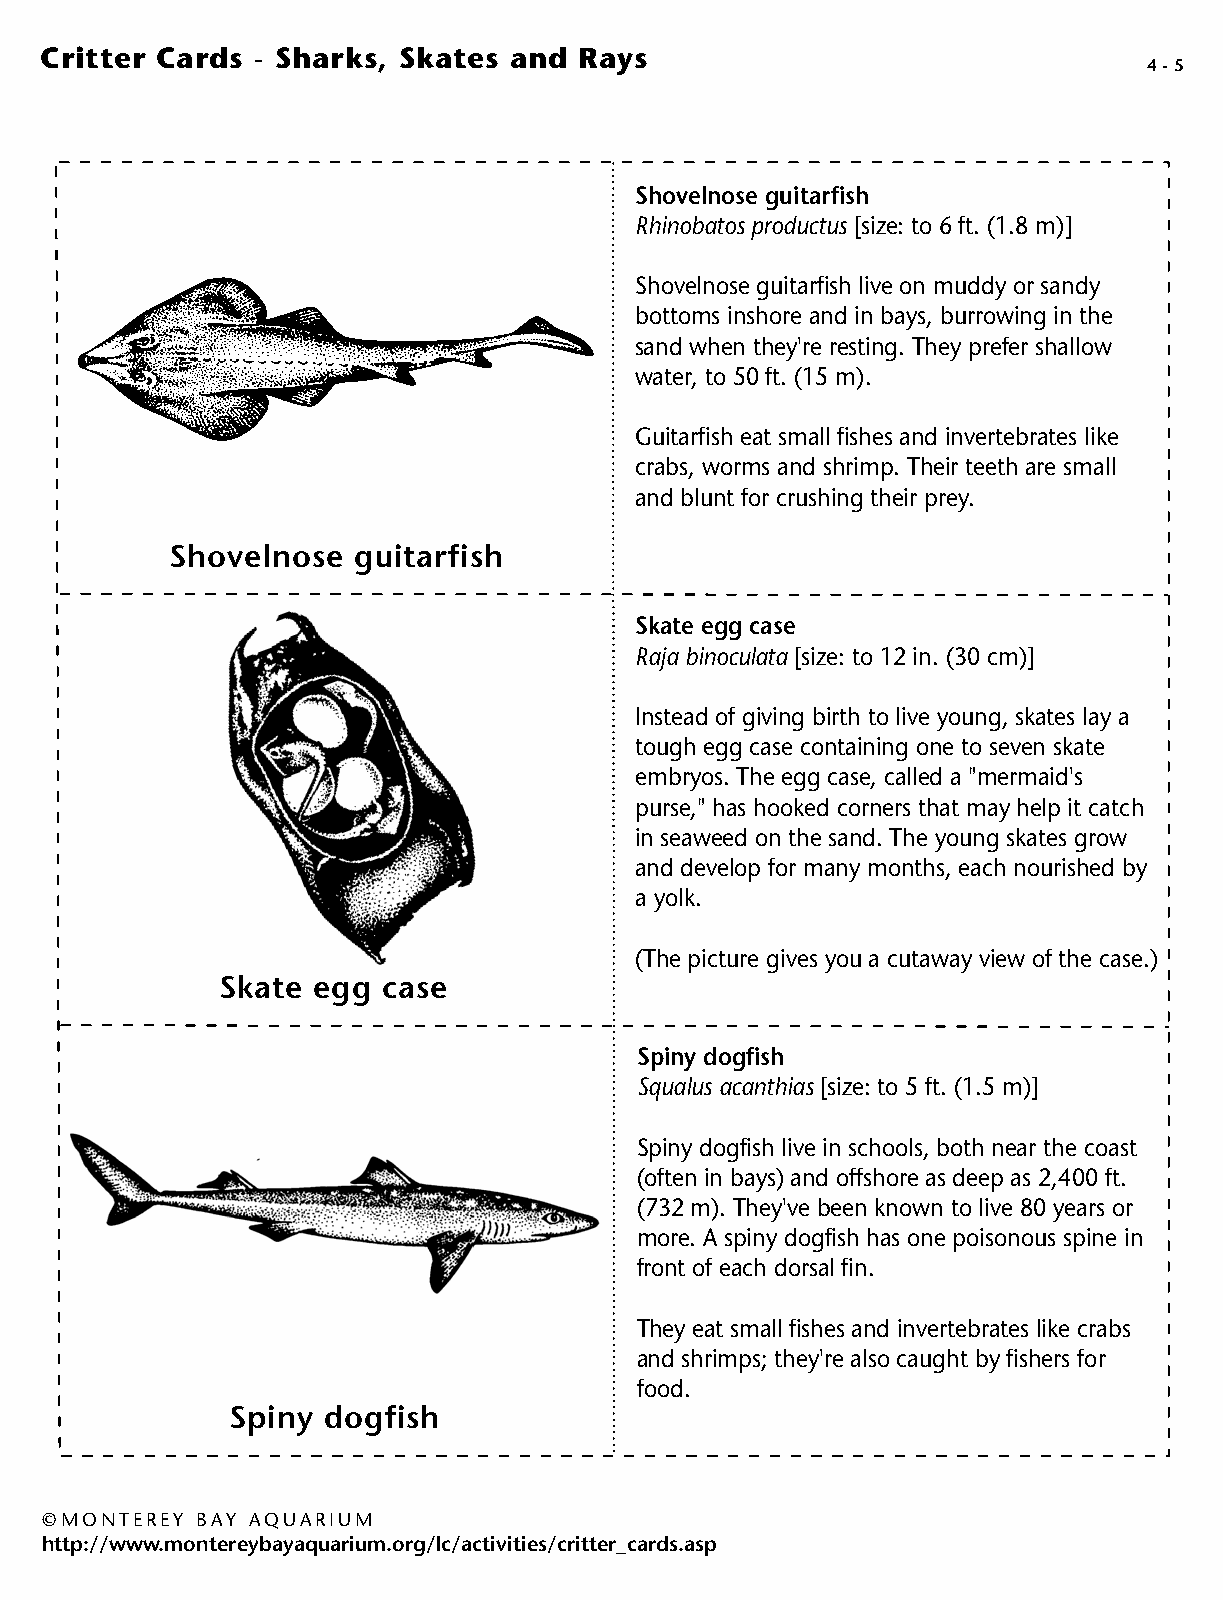
Critter Cards - Sharks, Skates and Rays
 4 - 5
 Shovelnose guitarfish
 Rhinobatos productus [size: to 6 ft. (1.8 m)]
 Shovelnose guitarfish live on muddy or sandy
 bottoms inshore and in bays, burrowing in the
 sand when they're resting. They prefer shallow
 water, to 50 ft. (15 m).
 Guitarfish eat small fishes and invertebrates like
 crabs, worms and shrimp. Their teeth are small
 and blunt for crushing their prey.
 Shovelnose  guitarfish
 Skate egg case
 Raja binoculata [size: to 12 in. (30 cm)]
 Instead of giving birth to live young, skates lay a
 tough egg case containing one to seven skate
 embryos. The egg case, called a "mermaid's
 purse," has hooked corners that may help it catch
 in seaweed on the sand. The young skates grow
 and develop for many months, each nourished by
 a yolk.
 (The picture gives you a cutaway view of the case.)
 Skate egg case
 Spiny dogfish
 Squalus acanthias [size: to 5 ft. (1.5 m)]
 Spiny dogfish live in schools, both near the coast
 (often in bays) and offshore as deep as 2,400 ft.
 (732 m). They've been known to live 80 years or
 more. A spiny dogfish has one poisonous spine in
 front of each dorsal fin.
 They eat small fishes and invertebrates like crabs
 and shrimps; they're also caught by fishers for
 food.
 Spiny dogfish
 © MONTEREY BAY AQUARIUM
 http://www.montereybayaquarium.org/lc/activities/critter_cards.asp